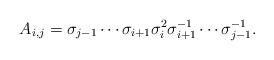
LaTeX: \begin{align*}A_{i,j}=\sigma_{j-1}\cdots \sigma_{i+1}\sigma_{i}^{2} \sigma_{i+1}^{-1}\cdots \sigma_{j-1}^{-1}.\end{align*}